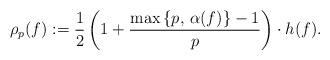
\begin{align*}\rho_{p}(f):=\frac{1}{2}\left(1+\frac{\max\left\{ p,\,\alpha(f)\right\} -1}{p}\right)\cdot h(f). \end{align*}